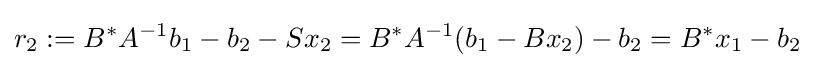
r_{2}:=B^{*}A^{-1}b_{1}-b_{2}-Sx_{2}=B^{*}A^{-1}(b_{1}-Bx_{2})-b_{2}=B^{*}x_{1}-b_{2}